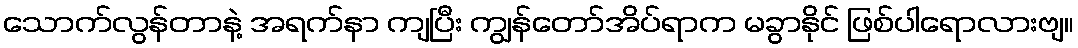
သောက်လွန်တာနဲ့ အရက်နာ ကျပြီး ကျွန်တော်အိပ်ရာက မခွာနိုင် ဖြစ်ပါရောလားဗျ။